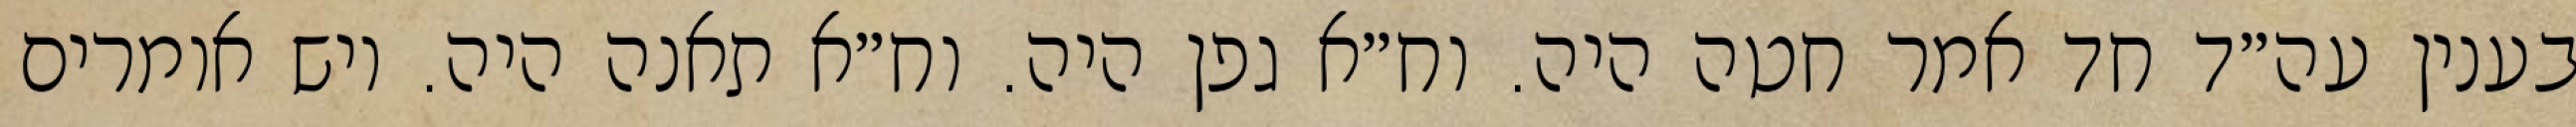
בענין עה״ד חד אמר חטה היה. וח״א גפן היה. וח״א תאנה היה. ויש אומרים